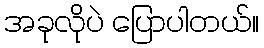
အခုလိုပဲ ပြောပါတယ်။